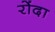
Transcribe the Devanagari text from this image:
रोंदा